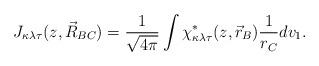
LaTeX: \begin{align*} J_{\kappa\lambda\tau}(z,\vec{R}_{BC})=\frac{1}{\sqrt{4\pi}}\int \chi_{\kappa\lambda\tau}^{*}(z,\vec{r}_{B})\frac{1}{r_{C}}dv_{1}.\end{align*}